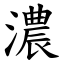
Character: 濃